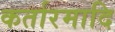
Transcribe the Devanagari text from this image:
कर्तारमादि